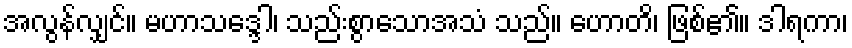
အလွန်လျှင်။ မဟာသဒ္ဒေါ၊ သည်းစွာသောအသံ သည်။ ဟောတိ၊ ဖြစ်၏။ ဒါရကာ၊